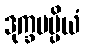
ဒုက္ခမပ္ပိယံ